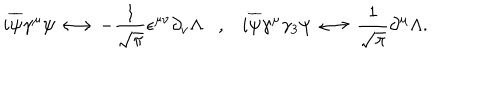
LaTeX: i \overline { { { \psi } } } \gamma ^ { \mu } \psi \longleftrightarrow - \frac { 1 } { \sqrt { \pi } } \epsilon ^ { \mu \nu } \partial _ { \nu } \Lambda , i \overline { { { \psi } } } \gamma ^ { \mu } \gamma _ { 3 } \psi \longleftrightarrow \frac { 1 } { \sqrt { \pi } } \partial ^ { \mu } \Lambda .